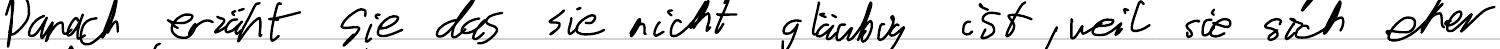
Danach erzählt sie das sie nicht gläubig ist, weil sie sich eher